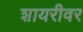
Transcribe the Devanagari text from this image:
शायरीवर